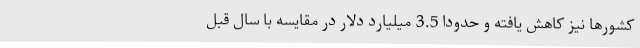
کشورها نیز کاهش یافته و حدودا 3.5 میلیارد دلار در مقایسه با سال قبل